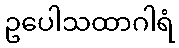
ဥပေါသထာဂါရံ